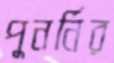
পুনর্নির